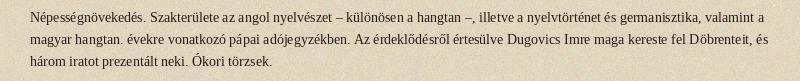
Népességnövekedés. Szakterülete az angol nyelvészet – különösen a hangtan –, illetve a nyelvtörténet és germanisztika, valamint a magyar hangtan. évekre vonatkozó pápai adójegyzékben. Az érdeklődésről értesülve Dugovics Imre maga kereste fel Döbrenteit, és három iratot prezentált neki. Ókori törzsek.